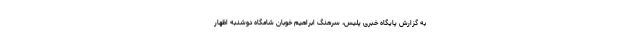
به گزارش پایگاه خبری پلیس، سرهنگ ابراهیم خوبان شامگاه دوشنبه اظهار